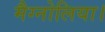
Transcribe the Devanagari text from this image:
मैग्नोलिया।